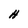
Character: H